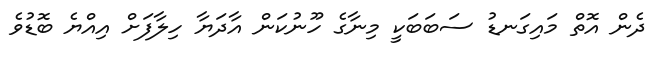
ދެން އޮތް މައިގަނޑު ސަބަބަކީ މިނާގެ ހޫނުކަން އާދަޔާ ހިލާފަށް އިއްޔެ ބޮޑުވެ